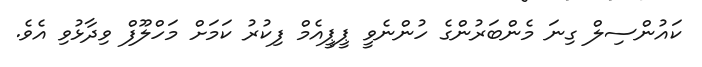
ކައުންސިލް ގިނަ މެންބަރުންގެ ހުންނެވީ ޕީޕީއެމް ފިކުރު ކަމަށް މަހްލޫފް ވިދާޅުވި އެވެ.